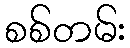
စစ်တမ်း